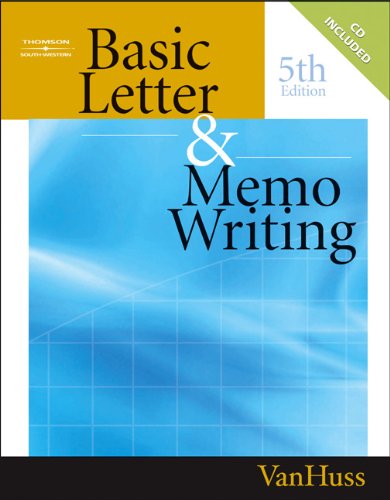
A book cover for Basic Letter and Memo Writing (Title 1); Susan H. VanHuss; Business & Money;